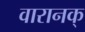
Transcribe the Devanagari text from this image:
वारानक्